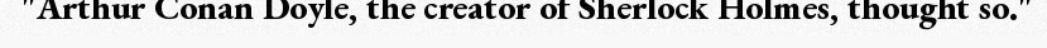
"Arthur Conan Doyle, the creator of Sherlock Holmes, thought so."